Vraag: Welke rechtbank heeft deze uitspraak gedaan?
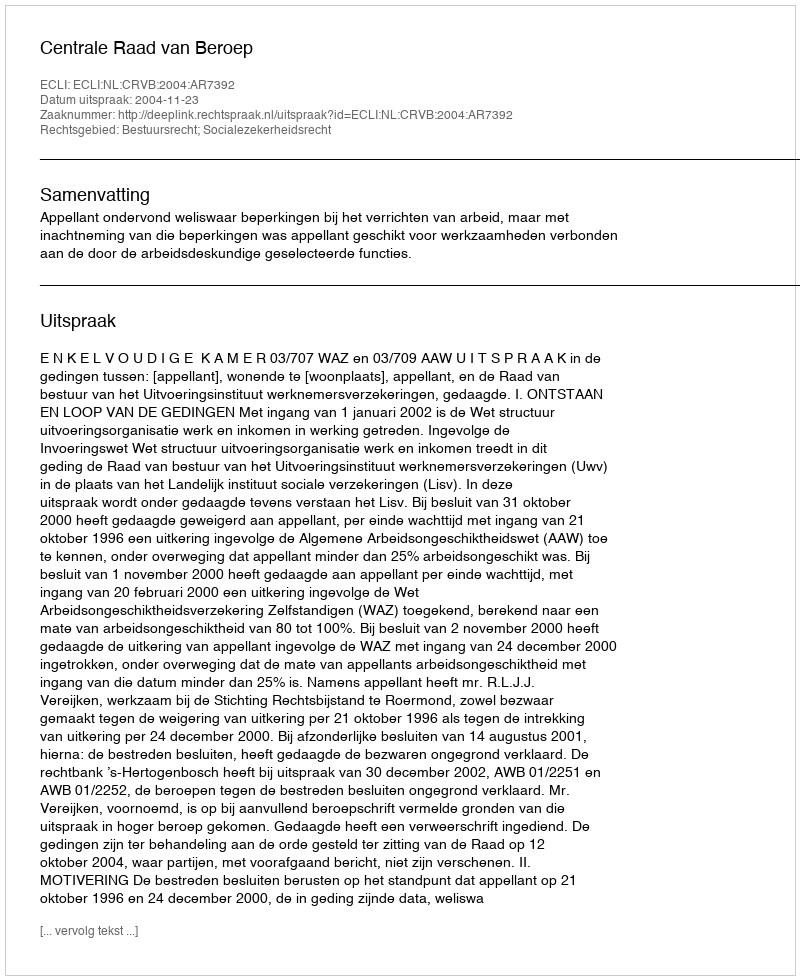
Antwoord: Centrale Raad van Beroep